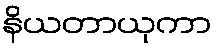
နိယတာယုကာ